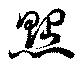
點